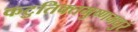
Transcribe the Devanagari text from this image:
कटुतिक्तमुष्णमधुरं